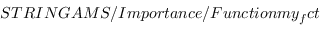
S T R I N G A M S / I m p o r t a n c e / F u n c t i o n m y _ { f } c t